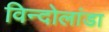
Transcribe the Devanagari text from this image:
विन्दोलांडा